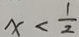
x < \frac { 1 } { 2 }